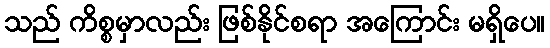
သည် ကိစ္စမှာလည်း ဖြစ်နိုင်စရာ အကြောင်း မရှိပေ။